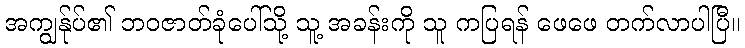
အကျွန်ုပ်၏ ဘဝဇာတ်ခုံပေါ်သို့ သူ့ အခန်းကို သူ ကပြရန် ဖေဖေ တက်လာပါပြီ။